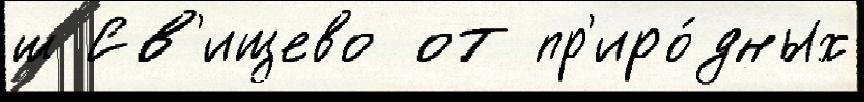
ш Св'ищево от пр'иро́дных